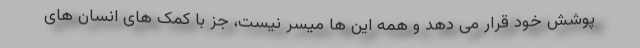
پوشش خود قرار می دهد و همه این ها میسر نیست، جز با کمک های انسان های